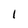
Character: 1